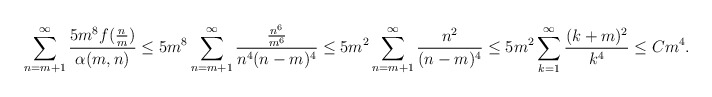
\begin{align*} \sum_{n=m+1}^{\infty}\frac{5m^8f(\frac{n}{m})}{\alpha(m,n)}\leq 5m^8\sum_{n=m+1}^{\infty}\frac{\frac{n^6}{m^6}}{n^4(n-m)^4}\leq 5m^2\sum_{n=m+1}^{\infty}\frac{n^2}{(n-m)^4}\leq 5m^2\sum_{k=1}^{\infty}\frac{(k+m)^2}{k^4}\leq Cm^4. \end{align*}